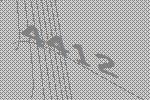
4412